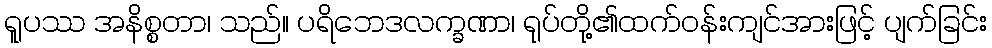
ရူပဿ အနိစ္စတာ၊ သည်။ ပရိဘေဒလက္ခဏာ၊ ရုပ်တို့၏ထက်ဝန်းကျင်အားဖြင့် ပျက်ခြင်း